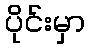
ပိုင်းမှာ